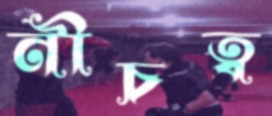
নীচত্ব